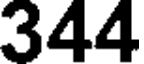
344